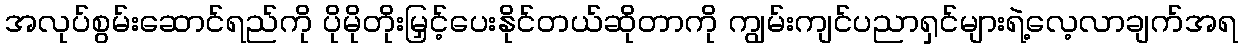
အလုပ်စွမ်းဆောင်ရည်ကို ပိုမိုတိုးမြှင့်ပေးနိုင်တယ်ဆိုတာကို ကျွမ်းကျင်ပညာရှင်များရဲ့လေ့လာချက်အရ